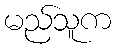
မည်သူက